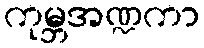
ကုမ္ဘအဏ္ဍကာ